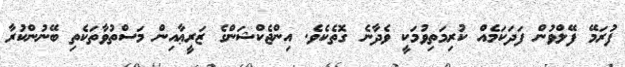
ފުރަމޭ ފޭލްވުން ފަދަކަމެއް ކުރިމަތިވުމަކީ ވެދާނެ ގޮތެކެވެ. އިންޖެކްޝަންގެ ޒަރީޢާއިން މަސްތުވާތަކެތި ބޭނުންކުރާ